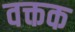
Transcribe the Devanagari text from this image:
वक्तक